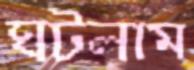
ঘটলাম